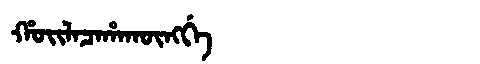
Manchu: ᡥᠣᡳᠯᠠᠴᠠᡥᠠᡴᡡᠩᡤᡝ
Romanization: HOILACAHAKŪNGGE